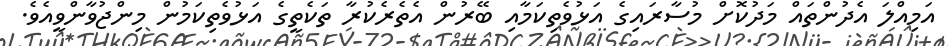
އަމިއްލަ އެދުންތައް މަދުކޮށް މުސާރައިގެ އަޅުވެތިކަމާއި ބޭރުން އެތެރެކުރާ ތަކެތީގެ އަޅުވެތިކަމުން މިންޖުވާންވީއެވެ.